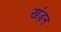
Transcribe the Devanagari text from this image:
खंड़न